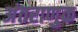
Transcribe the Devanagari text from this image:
अंतराणुक